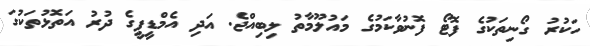
ހަކުރު ގޯނިތަކުގެ ފޮޓޯ ފޮނުވާކަމުގެ މައުލޫމާތު ލިބިއްޖެ. އަދި އެމްޑީޕީގެ ދުރު އަތޮޅުތަކުގަ